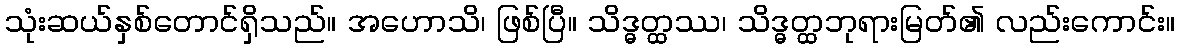
သုံးဆယ်နှစ်တောင်ရှိသည်။ အဟောသိ၊ ဖြစ်ပြီ။ သိဒ္ဓတ္ထဿ၊ သိဒ္ဓတ္ထဘုရားမြတ်၏ လည်းကောင်း။